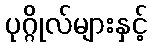
ပုဂ္ဂိုလ်များနှင့်